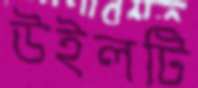
উইলটি